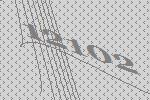
12102